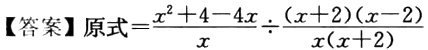
【答案】原式$=\frac{x^{2}+4 - 4x}{x}\div\frac{(x + 2)(x - 2)}{x(x + 2)}$